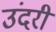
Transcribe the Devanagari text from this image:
उंदरी